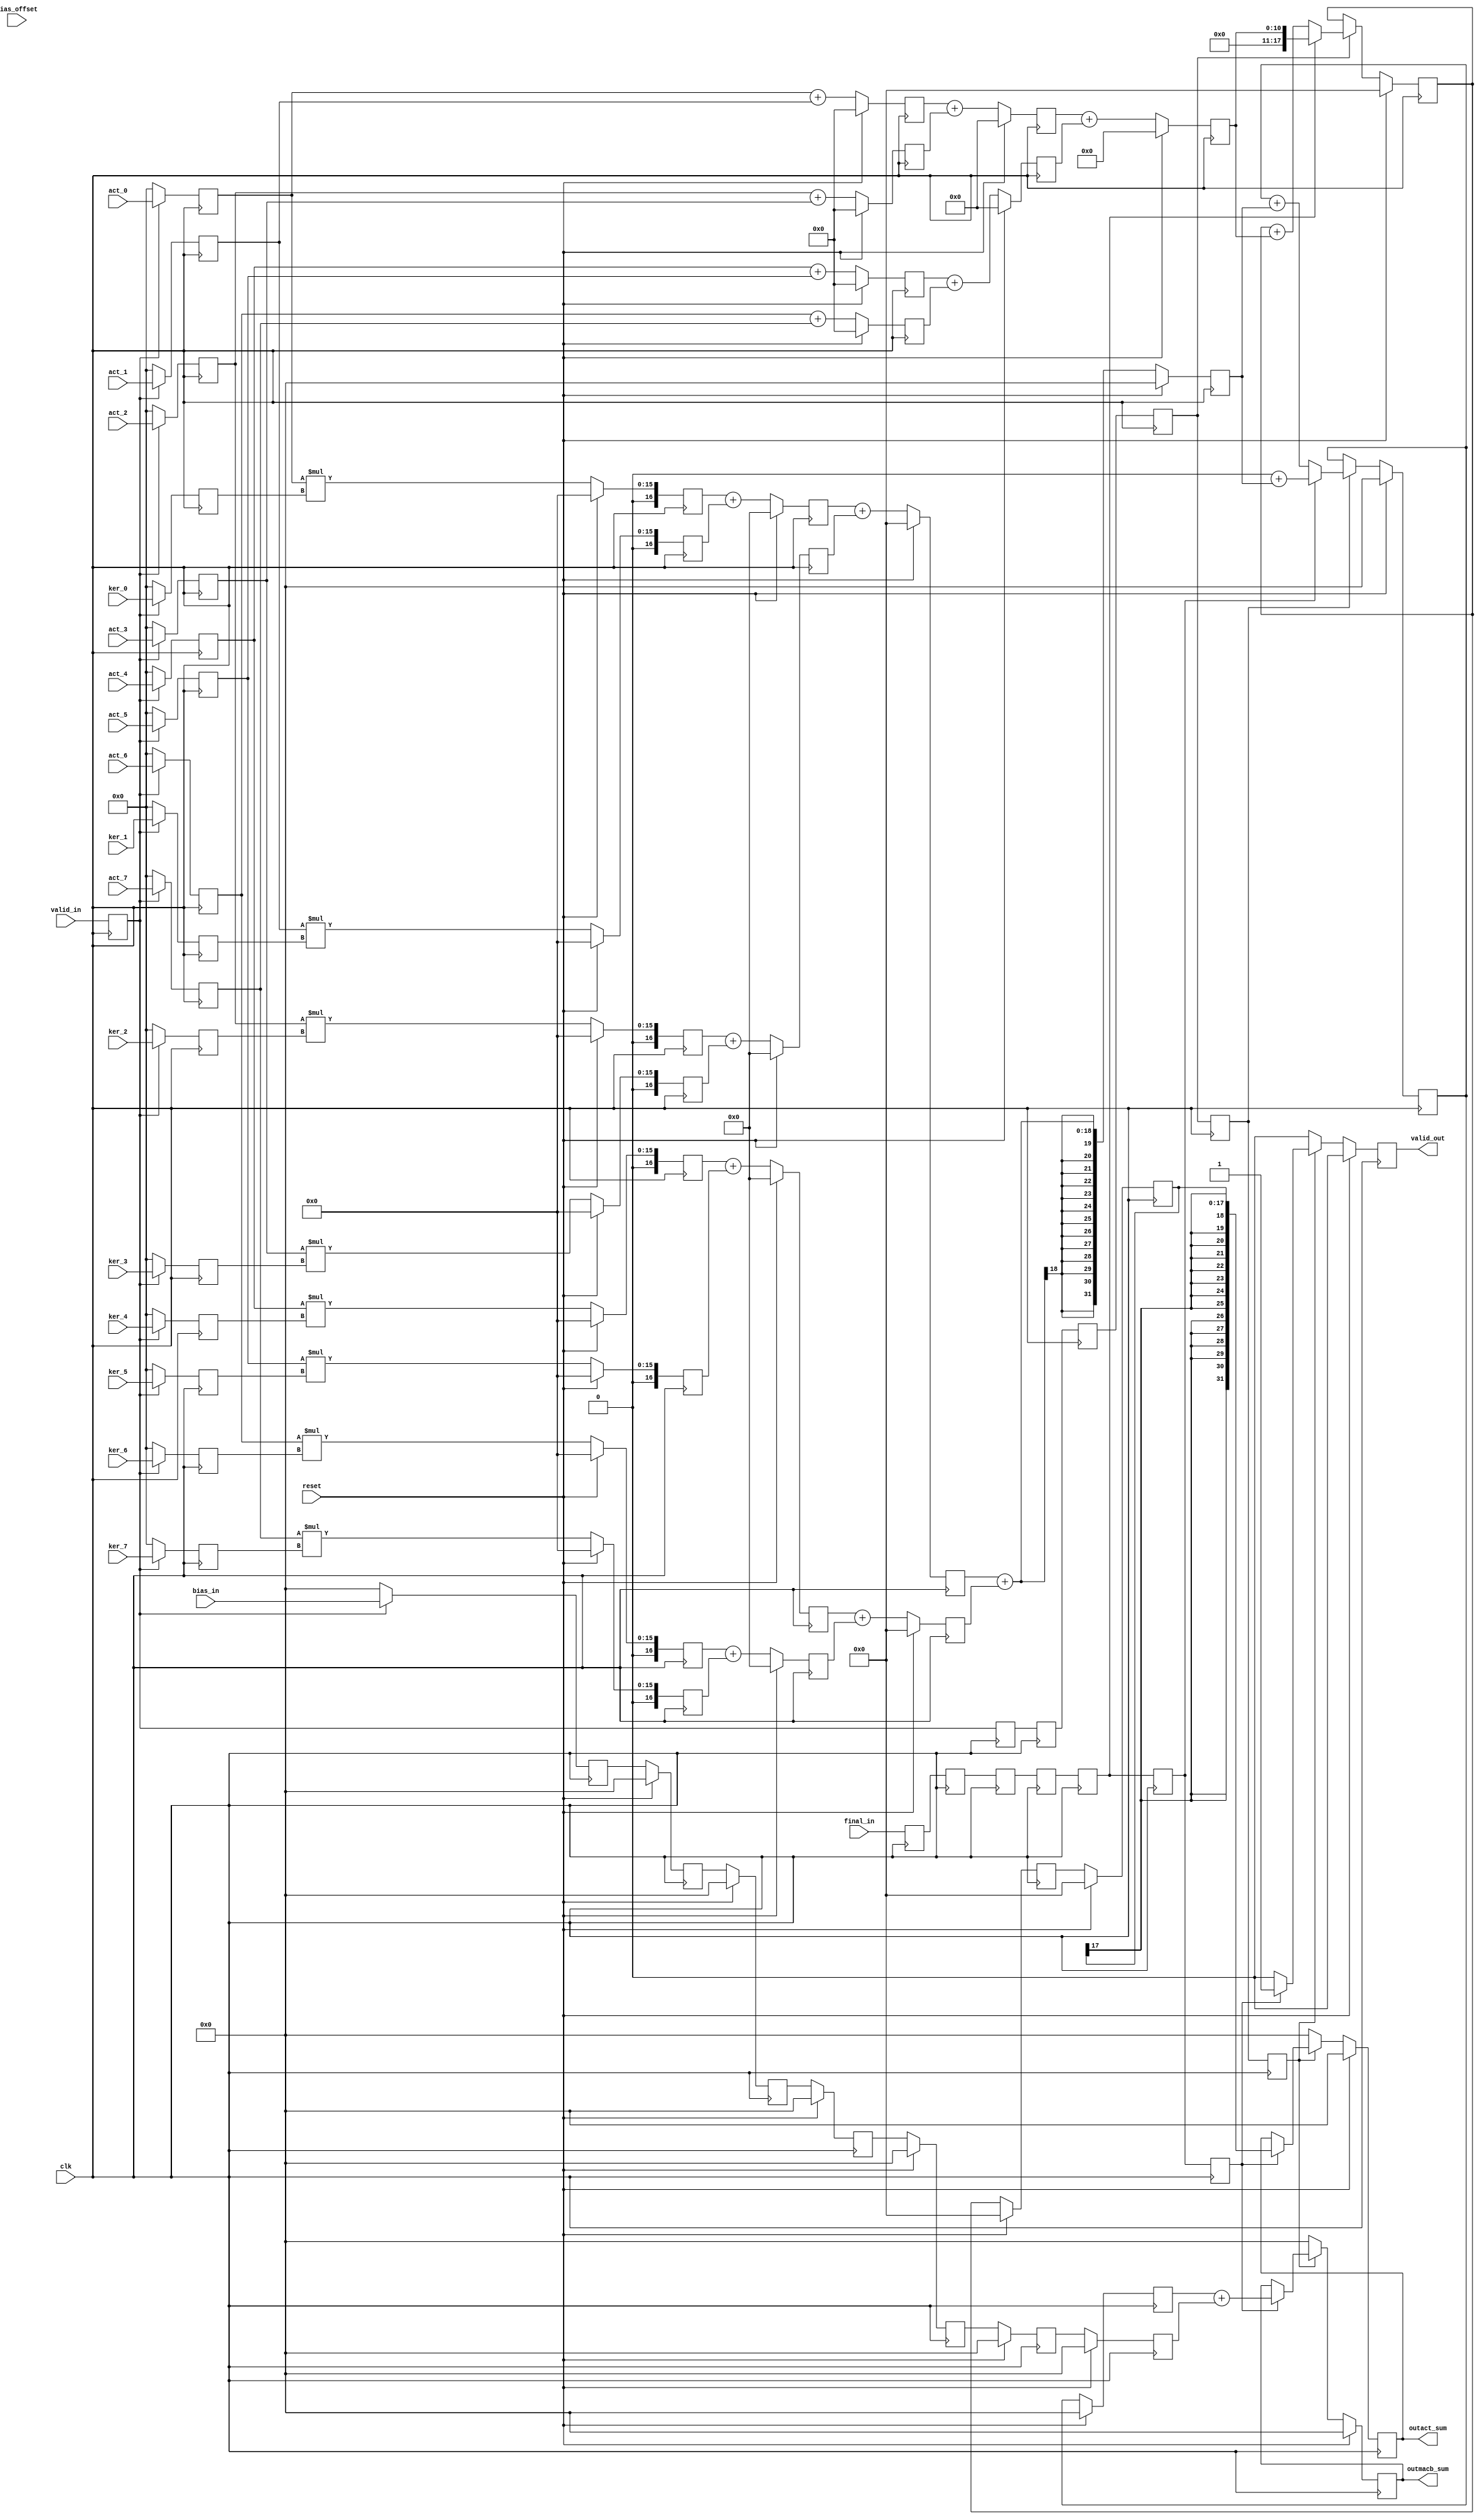

// ============================================================================
// Designer : Yi_Yuan Chen
// Create   : 2022.09.19
// Ver      : 3.0
// Func     : PE of DLA, using adder tree structure compute 8 element each rounds
// throught every stage, more one adder for bias addition
// and use shift reg for bias data alive till stage6.
// because quantization so need input feature sum
// ============================================================================


module pe_8e #(
	parameter ELE_BITS = 8 ,	// PE each pixel bits
	parameter OUT_BITS = 32,
	parameter BIAS_BITS = 32
)(
	input clk ,
	input reset ,
	input [ELE_BITS-1 : 0 ] act_0 ,
	input [ELE_BITS-1 : 0 ] act_1 ,
	input [ELE_BITS-1 : 0 ] act_2 ,
	input [ELE_BITS-1 : 0 ] act_3 ,
	input [ELE_BITS-1 : 0 ] act_4 ,
	input [ELE_BITS-1 : 0 ] act_5 ,
	input [ELE_BITS-1 : 0 ] act_6 ,
	input [ELE_BITS-1 : 0 ] act_7 ,
	input valid_in ,
	input final_in ,
	//---- kernel ----//
	input [ELE_BITS-1 : 0 ] ker_0 ,
	input [ELE_BITS-1 : 0 ] ker_1 ,
	input [ELE_BITS-1 : 0 ] ker_2 ,
	input [ELE_BITS-1 : 0 ] ker_3 ,
	input [ELE_BITS-1 : 0 ] ker_4 ,
	input [ELE_BITS-1 : 0 ] ker_5 ,
	input [ELE_BITS-1 : 0 ] ker_6 ,
	input [ELE_BITS-1 : 0 ] ker_7 ,
	//---- bias ----//
	input wire signed [BIAS_BITS-1 : 0 ] bias_in ,
	input wire [ 4-1 : 0 ]bias_offset,
	//-----------------------------------------//
	output reg valid_out ,
	output reg signed  [OUT_BITS-1 : 0 ] outmacb_sum ,
	output reg signed  [OUT_BITS-1 : 0 ] outact_sum

);

//-------------Declare-----------------------------------------//
reg signed [BIAS_BITS-1 : 0] stage0_bias_in ;
reg signed [BIAS_BITS-1 : 0] stage1_bias_in ;
reg signed [BIAS_BITS-1 : 0] stage2_bias_in ;
reg signed [BIAS_BITS-1 : 0] stage3_bias_in ;
reg signed [BIAS_BITS-1 : 0] stage4_bias_in ;
reg signed [BIAS_BITS-1 : 0] stage5_bias_in ;
reg signed [BIAS_BITS-1 : 0] stage6_bias_in ;
reg signed [BIAS_BITS-1 : 0] stage7_bias_in ;

reg [ 4-1 : 0] stage0_bias_offset ;
reg [ 4-1 : 0] stage1_bias_offset ;
reg [ 4-1 : 0] stage2_bias_offset ;
reg [ 4-1 : 0] stage3_bias_offset ;
reg [ 4-1 : 0] stage4_bias_offset ;
reg [ 4-1 : 0] stage5_bias_offset ;
reg [ 4-1 : 0] stage6_bias_offset ;
reg [ 4-1 : 0] stage7_bias_offset ;

reg signed [ 31 : 0 ] bias_sum ;


//-- stage 0--//
reg		[ELE_BITS-1 : 0 ] stage0_act_0 ;
reg		[ELE_BITS-1 : 0 ] stage0_act_1 ;
reg		[ELE_BITS-1 : 0 ] stage0_act_2 ;
reg		[ELE_BITS-1 : 0 ] stage0_act_3 ;
reg		[ELE_BITS-1 : 0 ] stage0_act_4 ;
reg		[ELE_BITS-1 : 0 ] stage0_act_5 ;
reg		[ELE_BITS-1 : 0 ] stage0_act_6 ;
reg		[ELE_BITS-1 : 0 ] stage0_act_7 ;

reg		[ELE_BITS-1 : 0 ] stage0_ker_0 ;
reg		[ELE_BITS-1 : 0 ] stage0_ker_1 ;
reg		[ELE_BITS-1 : 0 ] stage0_ker_2 ;
reg		[ELE_BITS-1 : 0 ] stage0_ker_3 ;
reg		[ELE_BITS-1 : 0 ] stage0_ker_4 ;
reg		[ELE_BITS-1 : 0 ] stage0_ker_5 ;
reg		[ELE_BITS-1 : 0 ] stage0_ker_6 ;
reg		[ELE_BITS-1 : 0 ] stage0_ker_7 ;

reg	stage0_final_in	;
reg	stage1_final_in	;
reg	stage2_final_in	;
reg	stage3_final_in	;
reg	stage4_final_in	;
reg	stage5_final_in	;
reg	stage6_final_in	;
reg	stage7_final_in	;

reg 	stage0_valid_in	;
reg 	stage1_valid_in	;
reg 	stage2_valid_in	;
reg 	stage3_valid_in	;
reg 	stage4_valid_in	;
reg 	stage5_valid_in	;
reg 	stage6_valid_in	;
reg 	stage7_valid_in	;



reg signed [ 2*ELE_BITS+1  : 0] stage1_multsigned_pd_0 ;
reg signed [ 2*ELE_BITS+1  : 0] stage1_multsigned_pd_1 ;
reg signed [ 2*ELE_BITS+1  : 0] stage1_multsigned_pd_2 ;
reg signed [ 2*ELE_BITS+1  : 0] stage1_multsigned_pd_3 ;
reg signed [ 2*ELE_BITS+1  : 0] stage1_multsigned_pd_4 ;
reg signed [ 2*ELE_BITS+1  : 0] stage1_multsigned_pd_5 ;
reg signed [ 2*ELE_BITS+1  : 0] stage1_multsigned_pd_6 ;
reg signed [ 2*ELE_BITS+1  : 0] stage1_multsigned_pd_7 ;


//--Declare stage 2--//
reg signed [ 2*ELE_BITS  : 0] stage2_addmult_0 ;
reg signed [ 2*ELE_BITS  : 0] stage2_addmult_1 ;
reg signed [ 2*ELE_BITS  : 0] stage2_addmult_2 ;
reg signed [ 2*ELE_BITS  : 0] stage2_addmult_3 ;
//--Declare stage 3--//
reg signed [ 2*ELE_BITS+1  : 0] stage3_add2_0 ;
reg signed [ 2*ELE_BITS+1  : 0] stage3_add2_1 ;


//--Declare stage 4--//
reg signed [ OUT_BITS-1  : 0] stage4_addend_0 ;
//--Declare stage 5--//
reg signed [ OUT_BITS-1  : 0] stage5_acc_0 ;
//--Declare stage 6--//
reg signed [ OUT_BITS-1  : 0] stage6_acc_0 ;

//--- act unsigned add reg ----
reg  [ ELE_BITS : 0] stage1_addact_ru_0	;
reg  [ ELE_BITS : 0] stage1_addact_ru_1	;
reg  [ ELE_BITS : 0] stage1_addact_ru_2	;
reg  [ ELE_BITS : 0] stage1_addact_ru_3	;

reg  [ ELE_BITS+1 : 0] stage2_addact_ru_0	;
reg  [ ELE_BITS+1 : 0] stage2_addact_ru_1	;

reg  [ ELE_BITS+2 : 0] stage3_addact_ru_0	;

reg  [ 17 : 0] stage4_addact_acc_0 ;

reg  [ 17 : 0] stage5_addact_acc_0 ;
reg  [ 17 : 0] stage6_addact_acc_0 ;


//-- stage 0 ----
// check input valid  stage0_valid_in
always@( posedge clk )begin
	if ( stage0_valid_in )begin
		stage0_act_0 <= act_0	;
		stage0_act_1 <= act_1	;
		stage0_act_2 <= act_2	;
		stage0_act_3 <= act_3	;
		stage0_act_4 <= act_4	;
		stage0_act_5 <= act_5	;
		stage0_act_6 <= act_6	;
		stage0_act_7 <= act_7	;
	end
	else begin
		stage0_act_0 <= 'd0	;
		stage0_act_1 <= 'd0	;
		stage0_act_2 <= 'd0	;
		stage0_act_3 <= 'd0	;
		stage0_act_4 <= 'd0	;
		stage0_act_5 <= 'd0	;
		stage0_act_6 <= 'd0	;
		stage0_act_7 <= 'd0	;
	end
end

always@( posedge clk )begin

	if ( stage0_valid_in )begin
		stage0_ker_0 <= ker_0	;
		stage0_ker_1 <= ker_1	;
		stage0_ker_2 <= ker_2	;
		stage0_ker_3 <= ker_3	;
		stage0_ker_4 <= ker_4	;
		stage0_ker_5 <= ker_5	;
		stage0_ker_6 <= ker_6	;
		stage0_ker_7 <= ker_7	;
	end
	else begin
		stage0_ker_0 <= 'd0	;
		stage0_ker_1 <= 'd0	;
		stage0_ker_2 <= 'd0	;
		stage0_ker_3 <= 'd0	;
		stage0_ker_4 <= 'd0	;
		stage0_ker_5 <= 'd0	;
		stage0_ker_6 <= 'd0	;
		stage0_ker_7 <= 'd0	;
	end

end



//----------- stage 1 -----------
// signed multiply
always@( posedge clk )begin
	if( reset )begin
		stage1_multsigned_pd_0 <= 'd0 ;
		stage1_multsigned_pd_1 <= 'd0 ;
		stage1_multsigned_pd_2 <= 'd0 ;
		stage1_multsigned_pd_3 <= 'd0 ;
		stage1_multsigned_pd_4 <= 'd0 ;
		stage1_multsigned_pd_5 <= 'd0 ;
		stage1_multsigned_pd_6 <= 'd0 ;
		stage1_multsigned_pd_7 <= 'd0 ;
	end
	else begin
		stage1_multsigned_pd_0 <= $signed( {1'd0 , stage0_act_0} ) * $signed( {1'd0 , stage0_ker_0} )	;
		stage1_multsigned_pd_1 <= $signed( {1'd0 , stage0_act_1} ) * $signed( {1'd0 , stage0_ker_1} )	;
		stage1_multsigned_pd_2 <= $signed( {1'd0 , stage0_act_2} ) * $signed( {1'd0 , stage0_ker_2} )	;
		stage1_multsigned_pd_3 <= $signed( {1'd0 , stage0_act_3} ) * $signed( {1'd0 , stage0_ker_3} )	;
		stage1_multsigned_pd_4 <= $signed( {1'd0 , stage0_act_4} ) * $signed( {1'd0 , stage0_ker_4} )	;
		stage1_multsigned_pd_5 <= $signed( {1'd0 , stage0_act_5} ) * $signed( {1'd0 , stage0_ker_5} )	;
		stage1_multsigned_pd_6 <= $signed( {1'd0 , stage0_act_6} ) * $signed( {1'd0 , stage0_ker_6} )	;
		stage1_multsigned_pd_7 <= $signed( {1'd0 , stage0_act_7} ) * $signed( {1'd0 , stage0_ker_7} )	;
	end

end



// tree signed addition with unsigned number activation
always@(posedge clk )begin
	if(reset)begin
		stage1_addact_ru_0 <= 'd0 ;
		stage1_addact_ru_1 <= 'd0 ;
		stage1_addact_ru_2 <= 'd0 ;
		stage1_addact_ru_3 <= 'd0 ;

	end
	else begin
		stage1_addact_ru_0 <= stage0_act_0 + stage0_act_1	;
		stage1_addact_ru_1 <= stage0_act_2 + stage0_act_3	;
		stage1_addact_ru_2 <= stage0_act_4 + stage0_act_5	;
		stage1_addact_ru_3 <= stage0_act_6 + stage0_act_7	;
	end
end


//----------- stage 2 -----------
// add stage1 mult
always@( posedge clk )begin
	if( reset )begin
		stage2_addmult_0 <= 'd0 ;
		stage2_addmult_1 <= 'd0 ;
		stage2_addmult_2 <= 'd0 ;
		stage2_addmult_3 <= 'd0 ;
	end
	else begin
		stage2_addmult_0 <= $signed( stage1_multsigned_pd_0 ) + $signed( stage1_multsigned_pd_1 )	;
		stage2_addmult_1 <= $signed( stage1_multsigned_pd_2 ) + $signed( stage1_multsigned_pd_3 )	;
		stage2_addmult_2 <= $signed( stage1_multsigned_pd_4 ) + $signed( stage1_multsigned_pd_5 )	;
		stage2_addmult_3 <= $signed( stage1_multsigned_pd_6 ) + $signed( stage1_multsigned_pd_7 )	;
	end

end
// tree signed addition activation
always@(posedge clk )begin
	if( reset )begin
		stage2_addact_ru_0 <= 'd0 ;
		stage2_addact_ru_1 <= 'd0 ;

	end
	else begin
		stage2_addact_ru_0 <= stage1_addact_ru_0 + stage1_addact_ru_1 ;
		stage2_addact_ru_1 <= stage1_addact_ru_2 + stage1_addact_ru_3 ;
	end
end


//----------- stage 3 -----------
always@( posedge clk )begin
	if( reset )begin
		stage3_add2_0 <= 'd0 ;
		stage3_add2_1 <= 'd0 ;
	end
	else begin
		stage3_add2_0	<= $signed( stage2_addmult_0 ) + $signed( stage2_addmult_1 )	;
		stage3_add2_1	<= $signed( stage2_addmult_2 ) + $signed( stage2_addmult_3 )	;
	end
	
end

// tree signed addition activation
always@(posedge clk )begin
	if( reset )begin
		stage3_addact_ru_0 <= 'd0 ;
	end
	else begin
		stage3_addact_ru_0 <= stage2_addact_ru_0 + stage2_addact_ru_1 ;
	end
end

//----------- stage 4 -----------
// signed add for MAC
always@( posedge clk )begin
	if( reset )begin
		stage4_addend_0 <= 'd0 ;
	end
	else begin
		stage4_addend_0 <= $signed( stage3_add2_0 ) + $signed( stage3_add2_1 )	;
	end
end

// acculmator for Act_sum operation, check final flag for necessary ACC
always@(posedge clk )begin
	if( reset )begin
		stage4_addact_acc_0 <= 'd0 ;
	end
	else begin
		if( stage4_valid_in)begin
			if( !stage4_final_in )begin
				stage4_addact_acc_0 <=  stage4_addact_acc_0 +  stage3_addact_ru_0  ;
			end
			else begin
				stage4_addact_acc_0 <=  stage3_addact_ru_0  ;
			end
		end
		else begin
			stage4_addact_acc_0 <= stage4_addact_acc_0 ;
		end
	end
end


//----------- stage 5 -----------
// acculmator for MAC operation, check final flag for necessary ACC
always@( posedge clk )begin
	if( reset )begin
		stage5_acc_0 <= 'd0 ;
	end
	else begin
		if( stage5_valid_in )begin
			if( !stage5_final_in)begin
				stage5_acc_0 <= $signed( stage5_acc_0 ) + $signed( stage4_addend_0 )	;
			end
			else begin
				stage5_acc_0 <= 'd0 + $signed( stage4_addend_0 )	;
			end
			
		end
		else begin
			stage5_acc_0 <= stage5_acc_0	;
		end
		
	end
	
end

// shift  act_sum  to stage 5
always@(posedge clk )begin
	if(reset) begin
		stage5_addact_acc_0 <= 'd0 ;
	end
	else begin
		stage5_addact_acc_0 <= stage4_addact_acc_0 ;
	end
end

//----------- stage 6 -----------
// shift to stage 6 for bias at final stage
always@(posedge clk )begin
	if(reset)begin
		stage6_acc_0 <= 32'd0	;
	end
	else begin
		stage6_acc_0 <= stage5_acc_0	;
	end
end

// shift act_sum to stage 6 for final stage output
always@(posedge clk )begin
	if(reset) begin
		stage6_addact_acc_0 <= 'd0 ;
	end
	else begin
		stage6_addact_acc_0 <= stage5_addact_acc_0 ;
	end
end

//----------- stage 7 -----------
//--ver2 pe output logic ----
always@( posedge clk )begin
	if(reset )begin
		outmacb_sum <= 32'd0 ;
		outact_sum <= 32'd0 ;
		valid_out <= 0 ;
	end
	else begin
		if( stage6_valid_in )begin
			if( stage6_final_in)begin
				outmacb_sum <= $signed( stage6_acc_0 ) + $signed( stage6_bias_in )	;
				outact_sum <=  $signed(stage6_addact_acc_0) ;
				valid_out <= 1 ;
			end
			else begin
				outmacb_sum <= outmacb_sum;
				outact_sum <= outact_sum;
				valid_out <= 0 ;
			end
			
		end
		else begin
			outmacb_sum <= 32'd0	;
			outact_sum <= 32'd0	;
			valid_out <= 0 ;
		end

	end
end



always@( posedge clk )begin
	stage0_final_in <= final_in ;
	stage1_final_in <= stage0_final_in ;
	stage2_final_in <= stage1_final_in ;
	stage3_final_in <= stage2_final_in ;
	stage4_final_in <= stage3_final_in ;
	stage5_final_in <= stage4_final_in ;
	stage6_final_in <= stage5_final_in ;
	stage7_final_in <= stage6_final_in ;
end
always@( posedge clk )begin
	stage0_valid_in <= valid_in ;
	stage1_valid_in <= stage0_valid_in ;
	stage2_valid_in <= stage1_valid_in ;
	stage3_valid_in <= stage2_valid_in ;
	stage4_valid_in <= stage3_valid_in ;
	stage5_valid_in <= stage4_valid_in ;
	stage6_valid_in <= stage5_valid_in ;
	stage7_valid_in <= stage6_valid_in ;
end



//---- biasing block ----//
always@( posedge clk )begin
	if ( stage0_valid_in )begin
		stage0_bias_in	<= bias_in	;
		stage0_bias_offset	<= bias_offset	;
	end
	else begin
		stage0_bias_in	<= 'd0	;
		stage0_bias_offset	<= 'd0	;
	end
end

always@( posedge clk )begin
	if ( reset )begin
		stage1_bias_in	<= 'd0	;
		stage2_bias_in	<= 'd0	;
		stage3_bias_in	<= 'd0	;
		stage4_bias_in	<= 'd0	;
		stage5_bias_in	<= 'd0	;
		stage6_bias_in	<= 'd0	;
		stage7_bias_in	<= 'd0	;

		stage1_bias_offset	<= 'd0	;
		stage2_bias_offset	<= 'd0	;
		stage3_bias_offset	<= 'd0	;
		stage4_bias_offset	<= 'd0	;
		stage5_bias_offset	<= 'd0	;
		stage6_bias_offset	<= 'd0	;
		stage7_bias_offset	<= 'd0	;

	end
	else begin
		stage1_bias_in	<= stage0_bias_in	;
		stage2_bias_in	<= stage1_bias_in	;
		stage3_bias_in	<= stage2_bias_in	;
		stage4_bias_in	<= stage3_bias_in	;
		stage5_bias_in	<= stage4_bias_in	;
		stage6_bias_in	<= stage5_bias_in	;
		stage7_bias_in	<= stage6_bias_in	;

		stage1_bias_offset	<= stage0_bias_offset	;
		stage2_bias_offset	<= stage1_bias_offset	;
		stage3_bias_offset	<= stage2_bias_offset	;
		stage4_bias_offset	<= stage3_bias_offset	;
		stage5_bias_offset	<= stage4_bias_offset	;
		stage6_bias_offset	<= stage5_bias_offset	;
		stage7_bias_offset	<= stage6_bias_offset	;
	end
end


endmodule